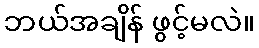
ဘယ်အချိန် ဖွင့်မလဲ။